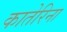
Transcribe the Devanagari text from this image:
कातेरिना